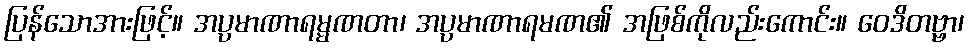
ပြန်သောအားဖြင့်။ အပ္ပမာဏာရမ္မဏတာ၊ အပ္ပမာဏာရမဏ၏ အဖြစ်ကိုလည်းကောင်း။ ဝေဒိတဗ္ဗာ၊